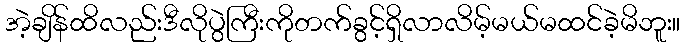
အဲ့ချိန်ထိလည်းဒီလိုပွဲကြီးကိုတက်ခွင့်ရှိလာလိမ့်မယ်မထင်ခဲ့မိဘူး။